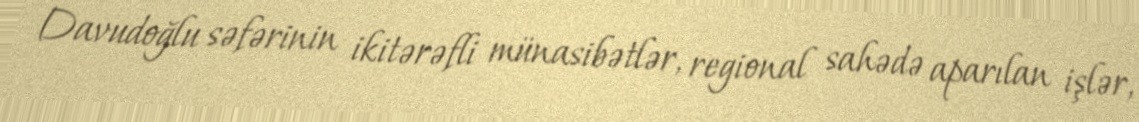
Davudoğlu səfərinin ikitərəfli münasibətlər, regional sahədə aparılan işlər,